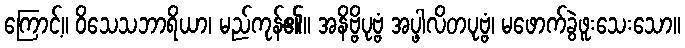
ကြောင့်။ ဝိသေသဘာရိယာ၊ မည်ကုန်၏။ အနိဗ္ဗိပုဗ္ဗံ အပ္ဖါလိတပုဗ္ဗံ၊ မဖောက်ခွဲဖူးသေးသော။